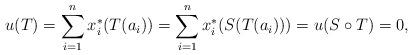
LaTeX: \begin{align*}u(T)=\sum_{i=1}^n x_i^*(T(a_i))= \sum_{i=1}^n x_i^*(S(T(a_i)))=u(S\circ T)=0,\end{align*}